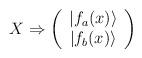
LaTeX: \begin{align*}X\Rightarrow\left(\begin{array}{c}\vert f_a(x)\rangle \\ \vert f_b(x)\rangle\end{array}\right)\end{align*}